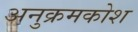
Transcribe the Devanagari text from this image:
अनुक्रमकोश